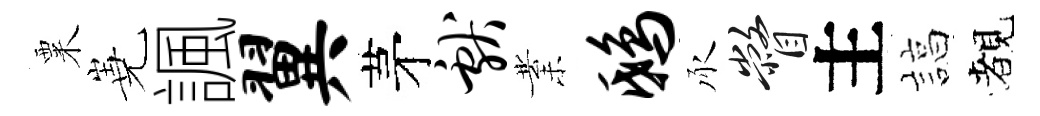
粟嶤諷翼茅献業鸱承瞥主諄覩